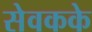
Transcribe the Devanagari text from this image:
सेवकके